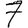
Digit: 7